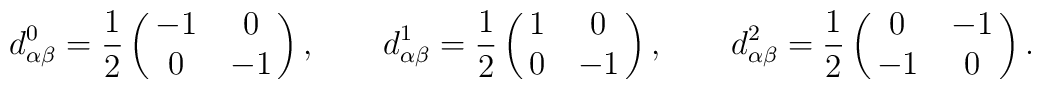
d^0_{\alpha\beta} = \frac12\pmatrix{-1 & 0\cr 0 & -1}, \qquad  d^1_{\alpha\beta} = \frac12\pmatrix{1 & 0\cr 0 & -1}, \qquad  d^2_{\alpha\beta} = \frac12\pmatrix{0 & -1\cr -1 & 0}.